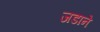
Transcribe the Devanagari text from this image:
जडाने